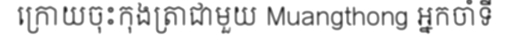
ក្រោយចុះកុងត្រាជាមួយ Muangthong អ្នកចាំទី